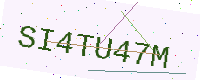
Text: SI4TU47M